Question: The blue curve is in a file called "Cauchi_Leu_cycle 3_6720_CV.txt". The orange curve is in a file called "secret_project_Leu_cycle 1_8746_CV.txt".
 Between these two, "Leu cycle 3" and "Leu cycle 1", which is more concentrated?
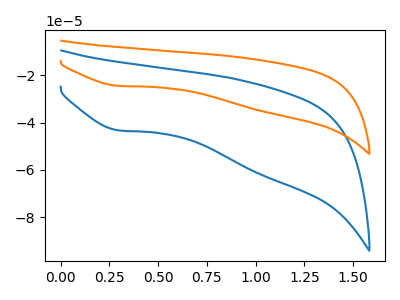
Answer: <think>The blue curve "Leu cycle 3" has a cathodic peak at: (0.30V, -43.30uA). The orange curve "Leu cycle 1" has a cathodic peak at: (0.30V, -24.50uA).
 All the peaks in "Leu cycle 3" have a peak in "Leu cycle 1" at the same potential. Every peak in "Leu cycle 3" is higher than every peak in "Leu cycle 1".</think>
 <answer>"Leu cycle 3" has more signal than "Leu cycle 1" and so likely has a higher concentration.</answer>
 <eval>more_concentration</eval>